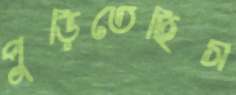
পুড়িতেছিস